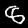
Digit: 8